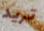
تريد